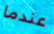
عندما